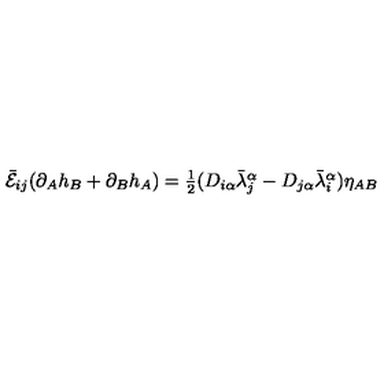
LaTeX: \bar { \cal E } _ { i j } ( \partial _ { A } h _ { B } + \partial _ { B } h _ { A } ) = \textstyle { \frac { 1 } { 2 } } ( D _ { i \alpha } \bar { \lambda } _ { j } ^ { \alpha } - D _ { j \alpha } \bar { \lambda } _ { i } ^ { \alpha } ) \eta _ { A B }